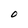
Character: O